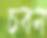
চবন